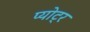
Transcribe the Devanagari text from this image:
प्योट्र